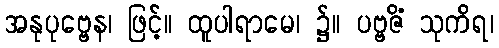
အနုပုဗ္ဗေန၊ ဖြင့်။ ထူပါရာမေ၊ ၌။ ပဗ္ဗဇိံ သုကိရ၊